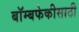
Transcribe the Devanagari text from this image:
बॉम्बफेकीसाठी